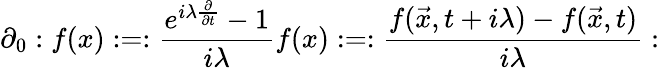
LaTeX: \partial_{0}:f(x):=:\frac{e^{i\lambda{\frac{\partial}{\partial t}}}-1}{i\lambda}f(x):=:\frac{f(\vec{x},t+i\lambda)-f(\vec{x},t)}{i\lambda}: